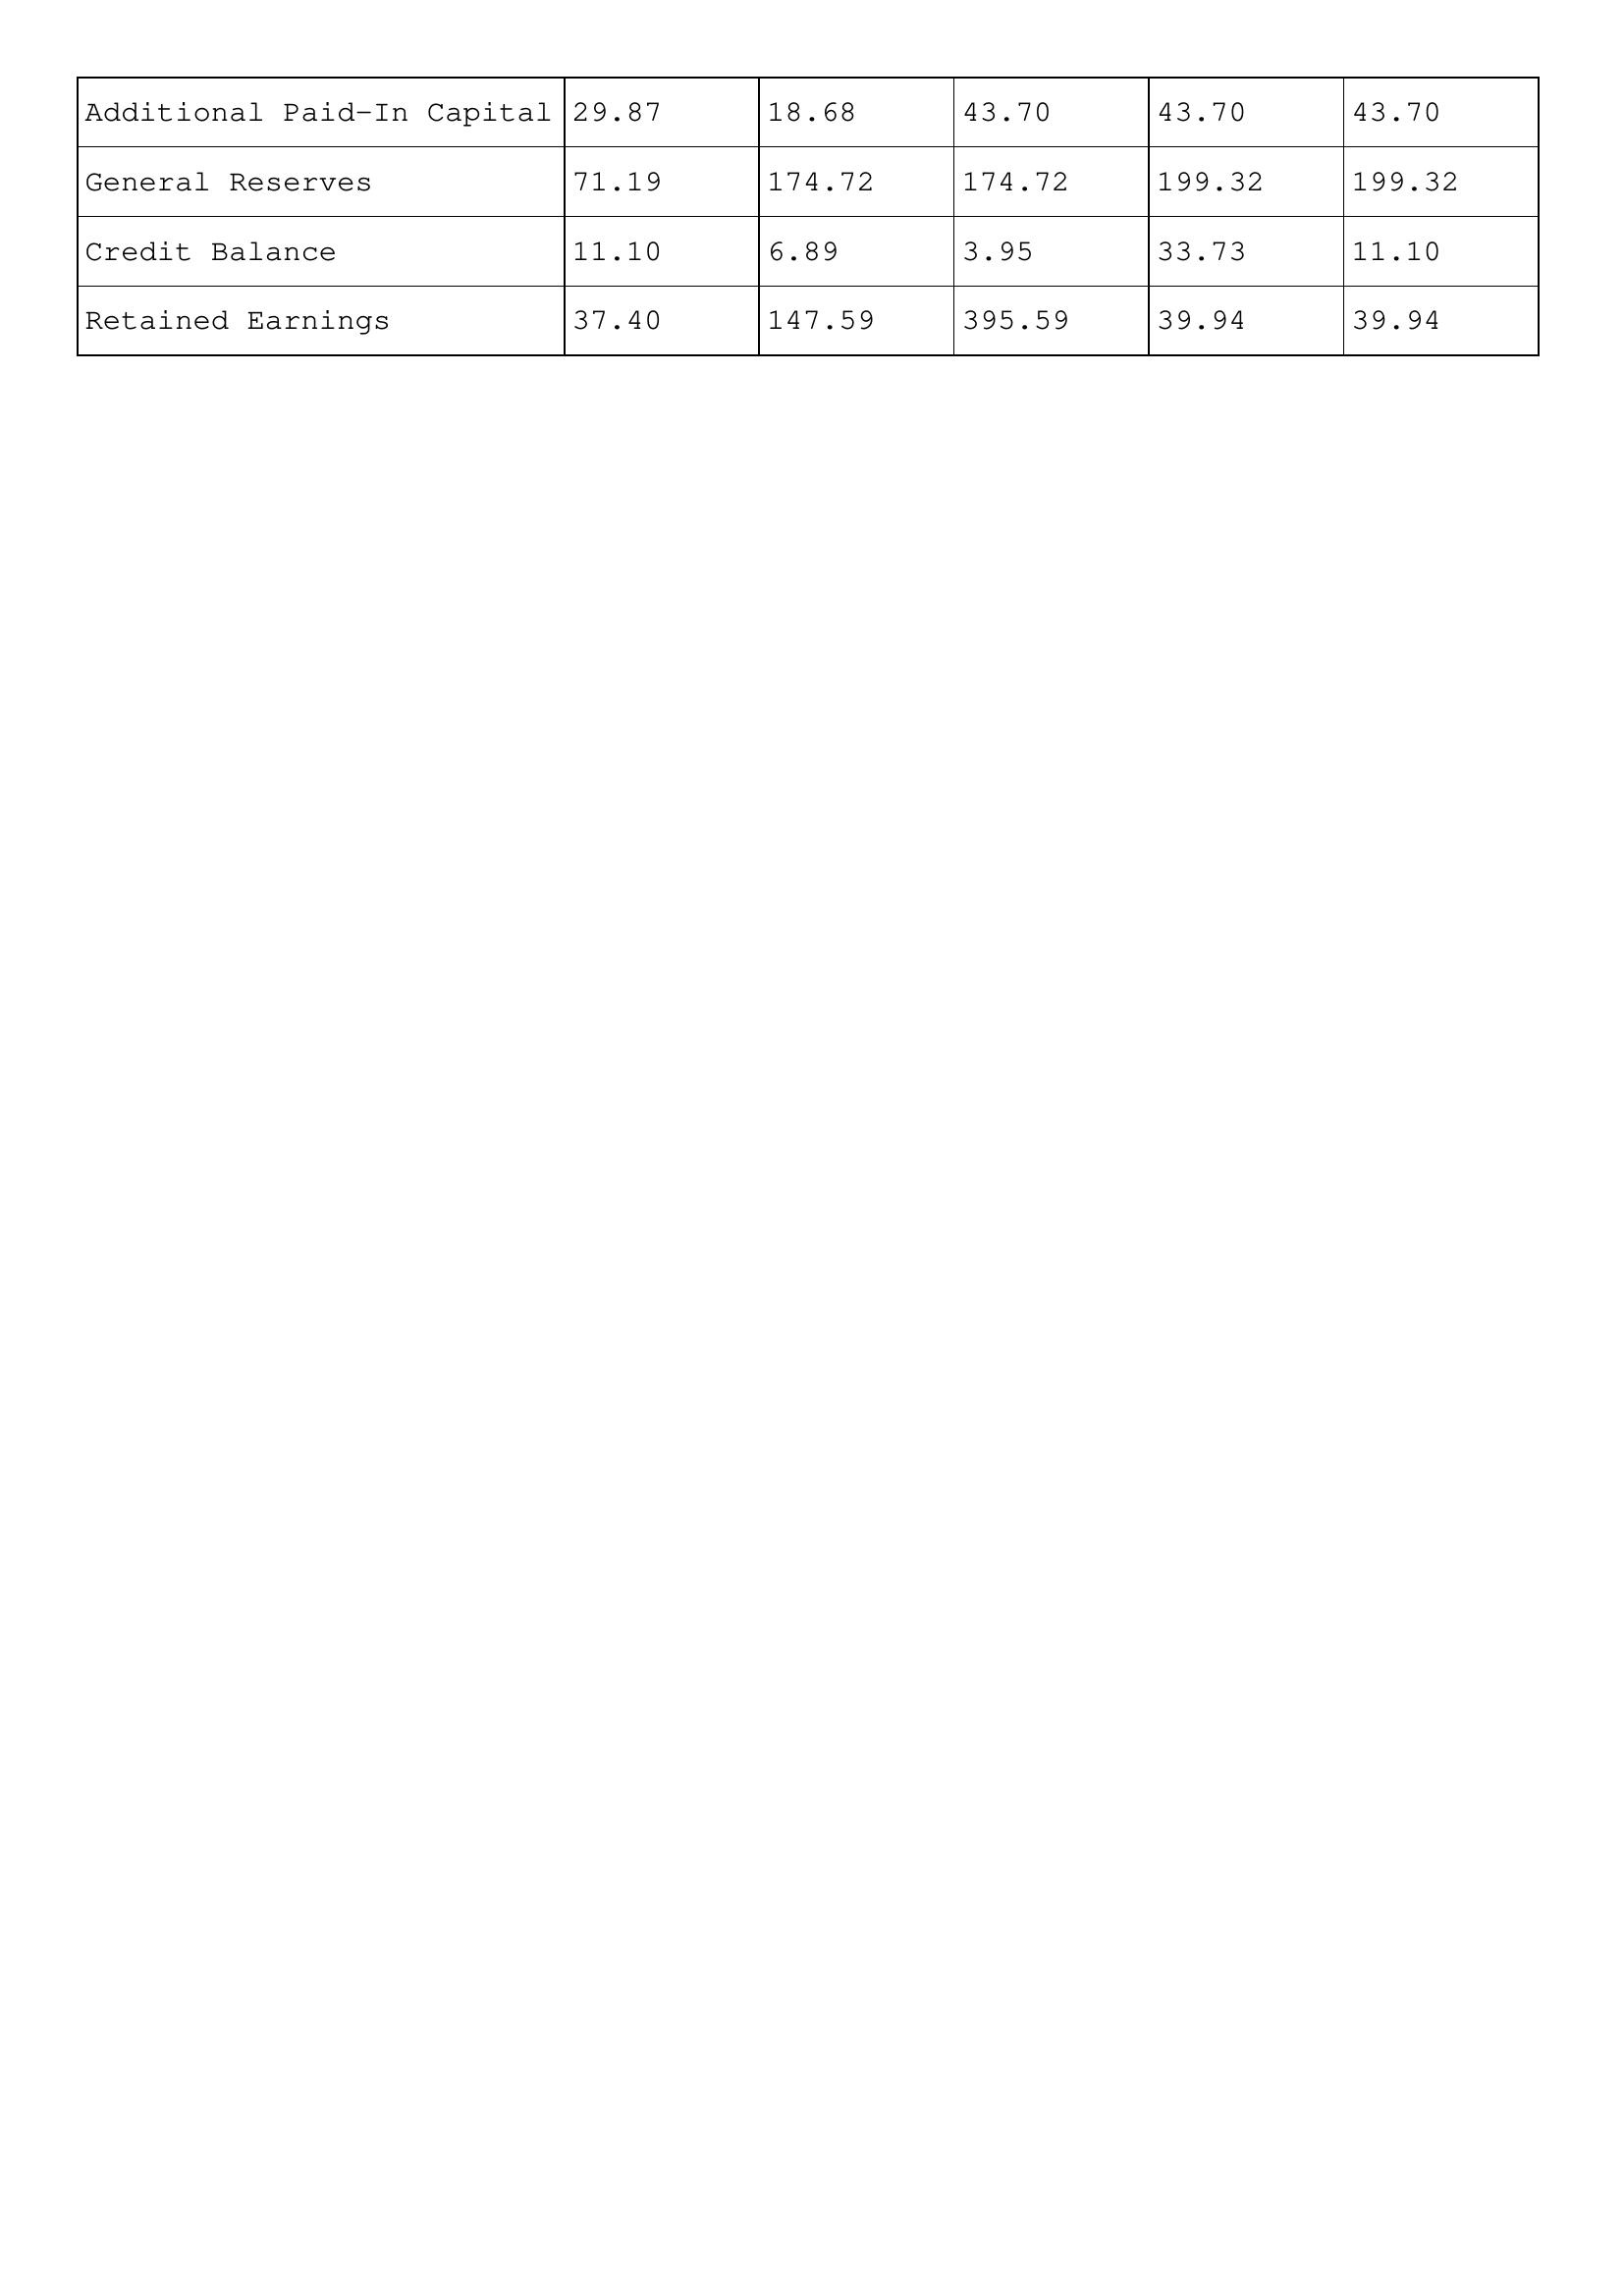
gt_parse: 2017: Additional Paid-In Capital: 29.87
General Reserves: 71.19
Credit Balance: 11.10
Retained Earnings: 37.40
2016: Additional Paid-In Capital: 18.68
General Reserves: 174.72
Credit Balance: 6.89
Retained Earnings: 147.59
2015: Additional Paid-In Capital: 43.70
General Reserves: 174.72
Credit Balance: 3.95
Retained Earnings: 395.59
2014: Additional Paid-In Capital: 43.70
General Reserves: 199.32
Credit Balance: 33.73
Retained Earnings: 39.94
2013: Additional Paid-In Capital: 43.70
General Reserves: 199.32
Credit Balance: 11.10
Retained Earnings: 39.94